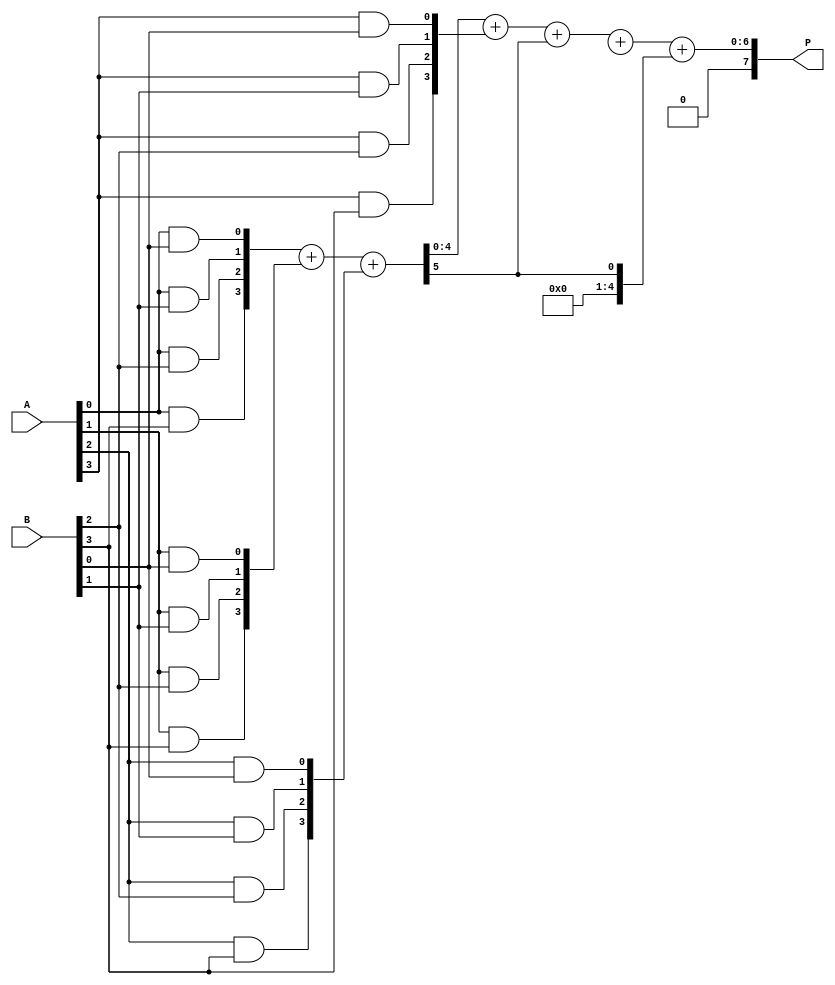
module WallaceTreeMultiplier #(parameter N = 4) (
    input [N-1:0] A,
    input [N-1:0] B,
    output [2*N-1:0] P
);

    // Intermediate signals
    wire [N-1:0] pp [0:N-1];  // Partial products
    wire [N:0] sum [0:N-1];   // Sums for Wallace tree
    wire [N:0] carry [0:N-1]; // Carries for Wallace tree
    wire [N-1:0] final_sum;    // Final sum output
    wire [N-1:0] final_carry;  // Final carry output

    // Step 1: Generate Partial Products
    genvar i, j;
    generate
        for (i = 0; i < N; i = i + 1) begin : pp_gen
            for (j = 0; j < N; j = j + 1) begin : pp_inner
                assign pp[i][j] = A[i] & B[j]; // ANDing each bit
            end
        end
    endgenerate

    // Step 2: Wallace Tree Reduction
    // Stage 1: Reduce the partial products to N/3 rows using CSAs
    generate
        for (i = 0; i < N; i = i + 3) begin : stage1
            if (i+2 < N) begin
                assign {carry[i/3], sum[i/3]} = pp[i] + pp[i+1] + pp[i+2];
            end else if (i+1 < N) begin
                assign {carry[i/3], sum[i/3]} = pp[i] + pp[i+1];
            end else begin
                assign {carry[i/3], sum[i/3]} = {1'b0, pp[i]};
            end
        end
    endgenerate

    // Stage 2: Continue reduction
    wire [N:0] stage2_sum [0:(N/3 + 1)]; // New sums for next stage
    wire [N:0] stage2_carry [0:(N/3 + 1)]; // New carries for next stage

    generate
        for (i = 0; i < (N/3); i = i + 2) begin : stage2
            assign {stage2_carry[i/2], stage2_sum[i/2]} = sum[i] + sum[i+1] + carry[i];
        end
    endgenerate

    // Stage 3: Final addition
    assign {final_carry, final_sum} = stage2_sum[0] + stage2_sum[1] + carry[0];

    // Final Product Output
    assign P = {final_carry, final_sum};

endmodule